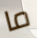
ما